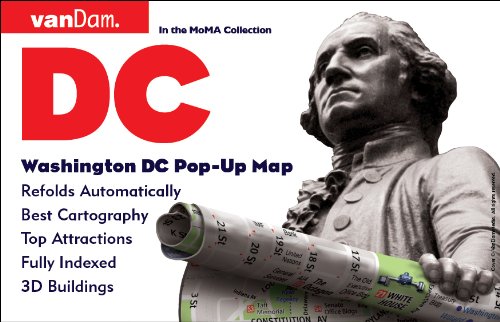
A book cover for Pop-Up Washington DC Map by VanDam - City Street Map of Washington DC - Laminated folding pocket size city travel and transit map; Stephan Van Dam; Travel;